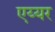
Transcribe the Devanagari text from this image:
एय्यर